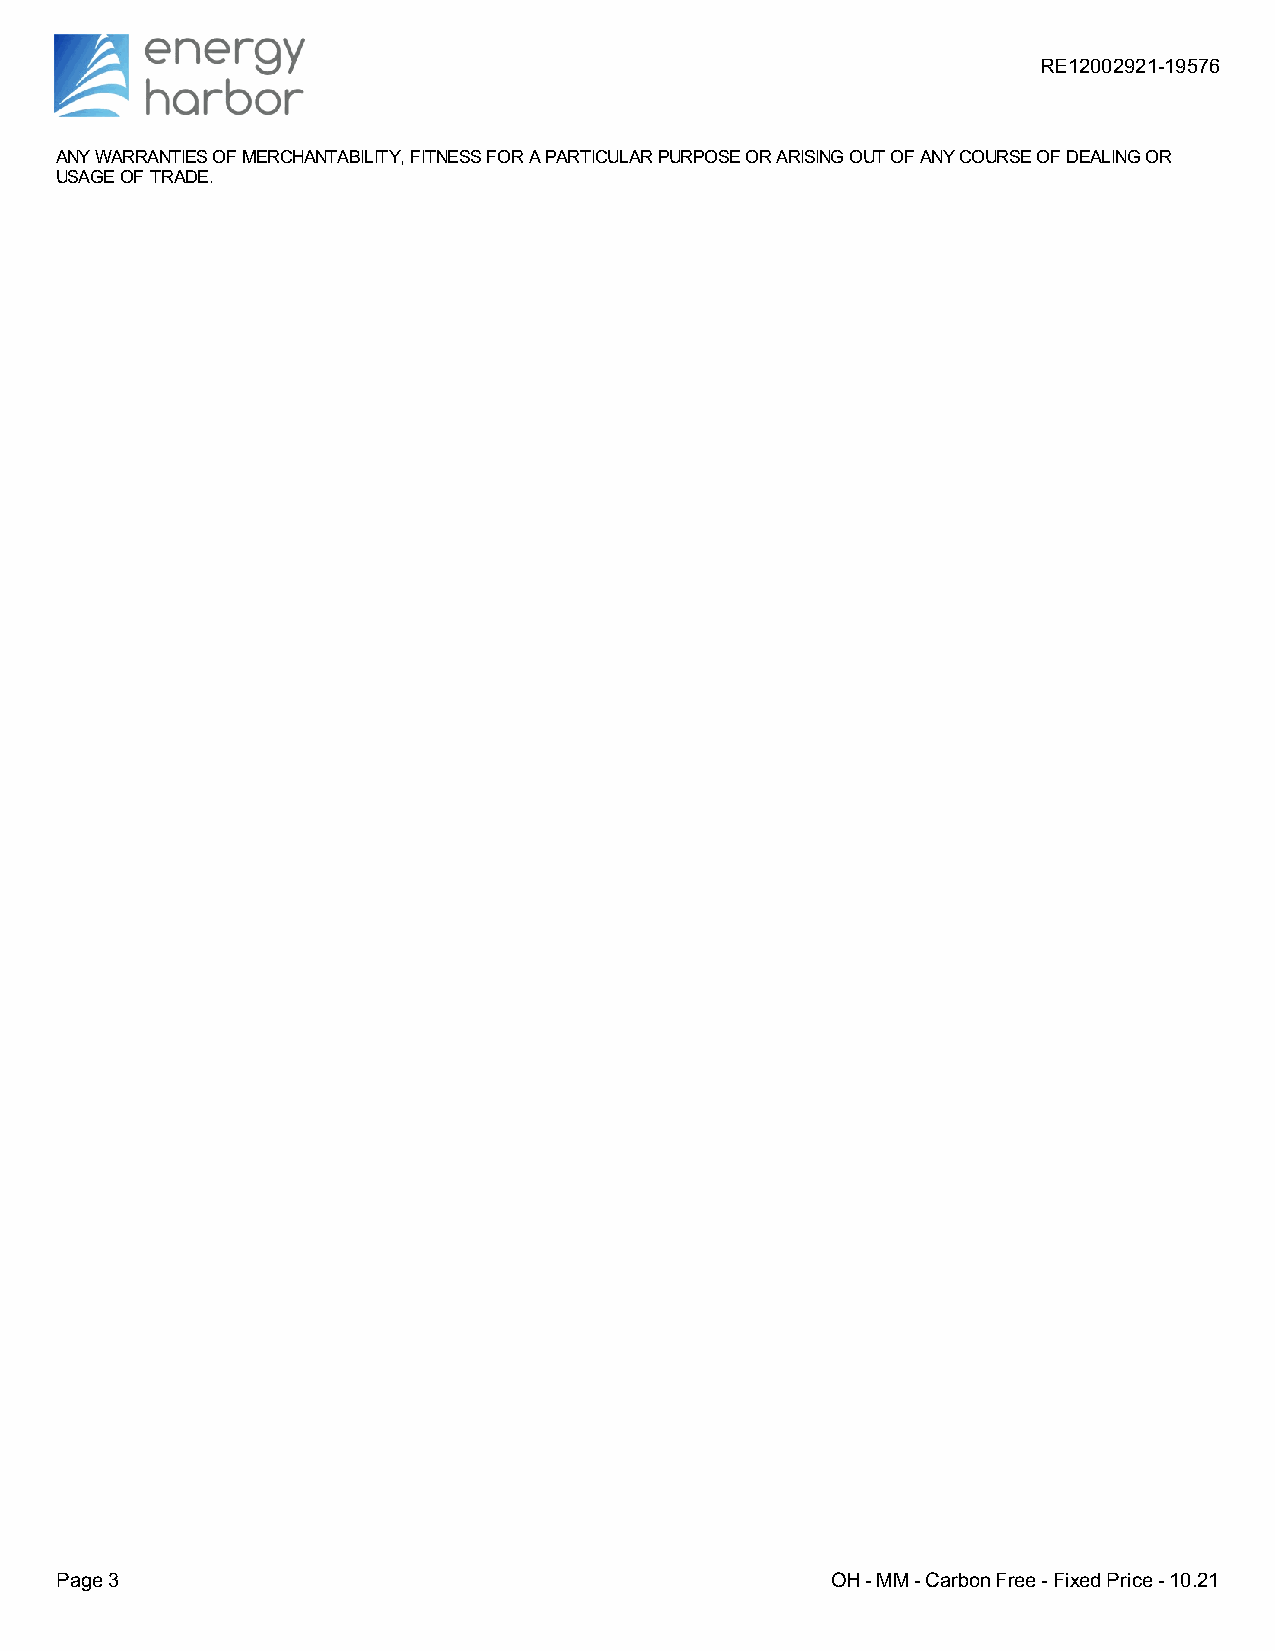
RE12002921-19576
 ANY WARRANTIES OF MERCHANTABILITY, FITNESS FOR A PARTICULAR PURPOSE OR ARISING OUT OF ANY COURSE OF DEALING OR
 USAGE OF TRADE.
 Page 3                                             OH - MM - Carbon Free - Fixed Price - 10.21